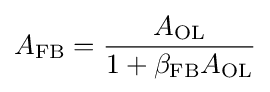
A_{\mathrm {FB} }={\frac {A_{\mathrm {OL} }}{1+{\beta }_{\mathrm {FB} }A_{\mathrm {OL} }}}